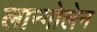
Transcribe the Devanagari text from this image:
लान्गोलेन